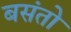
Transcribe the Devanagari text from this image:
बसंतो